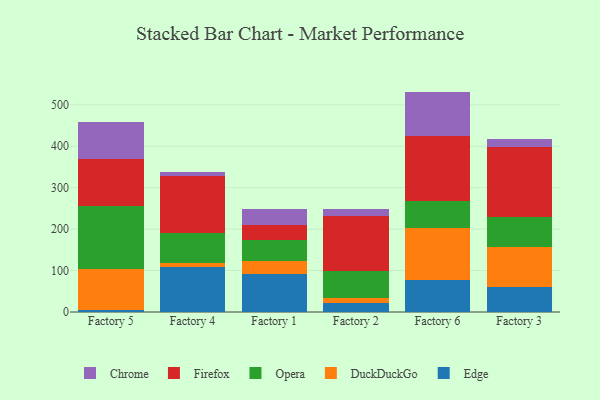
{"axis": {"x": "Factory", "y": "Waste Production (Tons)"}, "legend": ["Chrome", "DuckDuckGo", "Edge", "Firefox", "Opera"], "data": [{"x": "Factory 5", "y": 5.7, "type": "Edge"}, {"x": "Factory 5", "y": 97.3, "type": "DuckDuckGo"}, {"x": "Factory 5", "y": 153.4, "type": "Opera"}, {"x": "Factory 5", "y": 112.4, "type": "Firefox"}, {"x": "Factory 5", "y": 89.3, "type": "Chrome"}, {"x": "Factory 4", "y": 109.4, "type": "Edge"}, {"x": "Factory 4", "y": 9.6, "type": "DuckDuckGo"}, {"x": "Factory 4", "y": 71.9, "type": "Opera"}, {"x": "Factory 4", "y": 137.8, "type": "Firefox"}, {"x": "Factory 4", "y": 8.7, "type": "Chrome"}, {"x": "Factory 1", "y": 91.3, "type": "Edge"}, {"x": "Factory 1", "y": 31.7, "type": "DuckDuckGo"}, {"x": "Factory 1", "y": 51.5, "type": "Opera"}, {"x": "Factory 1", "y": 35.5, "type": "Firefox"}, {"x": "Factory 1", "y": 39.3, "type": "Chrome"}, {"x": "Factory 2", "y": 22.3, "type": "Edge"}, {"x": "Factory 2", "y": 12.2, "type": "DuckDuckGo"}, {"x": "Factory 2", "y": 65.5, "type": "Opera"}, {"x": "Factory 2", "y": 130.8, "type": "Firefox"}, {"x": "Factory 2", "y": 16.7, "type": "Chrome"}, {"x": "Factory 6", "y": 77.5, "type": "Edge"}, {"x": "Factory 6", "y": 124.8, "type": "DuckDuckGo"}, {"x": "Factory 6", "y": 65.6, "type": "Opera"}, {"x": "Factory 6", "y": 157.7, "type": "Firefox"}, {"x": "Factory 6", "y": 106.3, "type": "Chrome"}, {"x": "Factory 3", "y": 60.3, "type": "Edge"}, {"x": "Factory 3", "y": 95.4, "type": "DuckDuckGo"}, {"x": "Factory 3", "y": 73.4, "type": "Opera"}, {"x": "Factory 3", "y": 168.8, "type": "Firefox"}, {"x": "Factory 3", "y": 19.8, "type": "Chrome"}]}